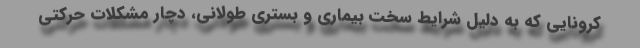
کرونایی که به دلیل شرایط سخت بیماری و بستری طولانی، دچار مشکلات حرکتی